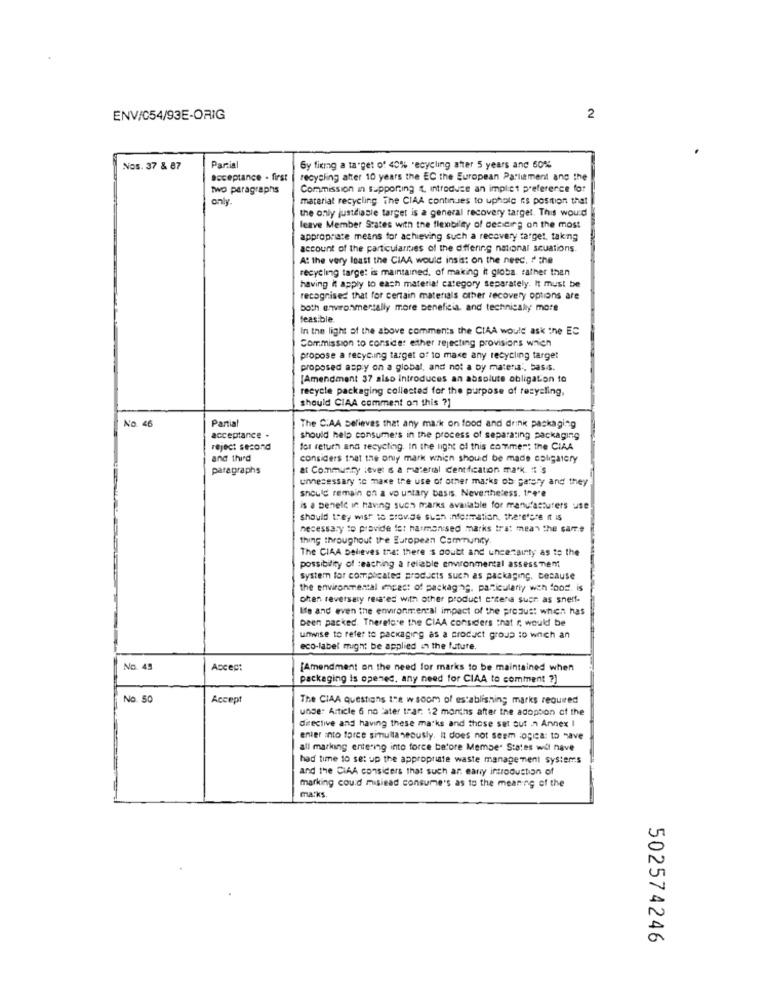
ENV/C54/93E-ORIG
2
Nos. 37 & 87
Partis
Gy fixing a target of 40% recycling after 5 years and 60%
acceptance . first
recycling after 10 years the EC the European Parliament and the
Two paragraphs
Commission in supporting , introduce an implict preference for
only
material recycling, The CIAA continues to uphole is position that
the only justdiasie target is a general recovery target. This would
leave Member States with the flexibility of cecicing on the most
appropriate means for achieving such a recovery target, taking
account of the particularrues of the differing national scuations.
At the very least the CIAA would insist on the need. # the
recycling target is maintained, of making it globa. rather than
having it apply to each material category separately. It must be
recognised that for certain materials other recovery options are
both environmentally more beneficia, and technically more
feasible
In the light of the above comments the CIAA would ask the EC
Commission to consider either rejecting provisions which
propose a recycling target of to make any recycling target
proposed aspy on a global, and not a by materia', basis.
[Amendment 37 also introduces an absolute obligation to
recycle packaging collected for the purpose of recycling,
should CIAA comment on this ?]
No. 46
Partial
The C:AA believes that any mark on food and drink packaging
acceptance .
should help consumers in the process of separating packaging
reject second
fol return and recycling. In the light of this comment the CIAA
and third
considers that the only mark whien should be made coligatery
paragraphs
at Community love: s a material centfication mark # s
unnecessary to make the use of other marks ob gately and they
should remain on a vo untary basis. Nevertheless. 1-4'e
is a benelc in having such marks available for manufacturers use
should they wish to stovde suen information, there'sre It is
necessary to provide to: harmonised marks trat mean the sarre
thing throughout the European Community
The CIAA believes that there's doubt and uncertainty as to the
possibility of teaching a reliable environmental assessment
system for complcates products such as packaging. because
the environmental encast of packaging. particularly wch food. is
often reversaly resares with other product eftera suer as snerf-
Ife and even the environmental impact of the presust when has
Deen packed. Therefore the CIAA considers that r. would be
unwise to refer to packaging as a product group to which an
eco-label might be applied in the future.
No. 49
Accep:
[Amendment on the need for marks to be maintained when
packaging is opened, any need for CIAA to comment ?]
No. 50
Accept
The CIAA questions Ine wsoom of establishing marks required
under Article 6 no later tear. 12 months after the adoption of the
directive and having these marks and those set out in Annex I
enter into force simultaneously, it does not seem :ogica: to save
all marking entering into force before Member States wil nave
had time to set up the appropriate waste management systems
and the CIAA considers that such ar early introduction of
marking could misiead consume's as to the meaning of the
marks.
502574246